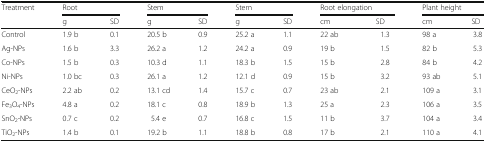
| <ROWSPAN=2> Treatment | <COLSPAN=2> Root | <COLSPAN=2> Stem | <COLSPAN=2> Stem | <COLSPAN=2> Root elongation | <COLSPAN=2> Plant height |
 | g | SD | g | SD | g | SD | cm | SD | cm | SD |
 | --- | --- | --- | --- | --- | --- | --- | --- | --- | --- | --- |
 | Control | 1.9 b | 0.1 | 20.5 b | 0.9 | 25.2 a | 1.1 | 22 ab | 1.3 | 98 a | 3.8 |
 | Ag-NPs | 1.6 b | 3.3 | 26.2 a | 1.2 | 24.2 a | 0.9 | 19 b | 1.5 | 82 b | 5.3 |
 | Co-NPs | 1.5 b | 0.3 | 10.3 d | 1.1 | 18.3 b | 1.5 | 15 b | 2.8 | 84 b | 4.2 |
 | Ni-NPs | 1.0 bc | 0.3 | 26.1 a | 1.2 | 12.1 d | 0.9 | 15 b | 3.2 | 93 ab | 5.1 |
 | CeO2-NPs | 2.2 ab | 0.2 | 13.1 cd | 1.4 | 15.7 c | 0.7 | 23 ab | 2.1 | 109 a | 3.1 |
 | Fe3O4-NPs | 4.8 a | 0.2 | 18.1 c | 0.8 | 18.9 b | 1.3 | 25 a | 2.3 | 106 a | 3.5 |
 | SnO2-NPs | 0.7 c | 0.2 | 5.4 e | 0.7 | 16.8 c | 1.5 | 11 b | 3.7 | 104 a | 3.4 |
 | TiO2-NPs | 1.4 b | 0.1 | 19.2 b | 1.1 | 18.8 b | 0.8 | 17 b | 2.1 | 110 a | 4.1 |